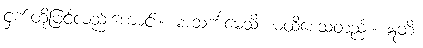
ငှက်တို့ဖြင့်လည်းကောင်း။ မာသင်္ကမေသိ၊ မထိစေသတည်း။ ဣတိ၊